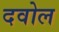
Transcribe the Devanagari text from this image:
दवोल